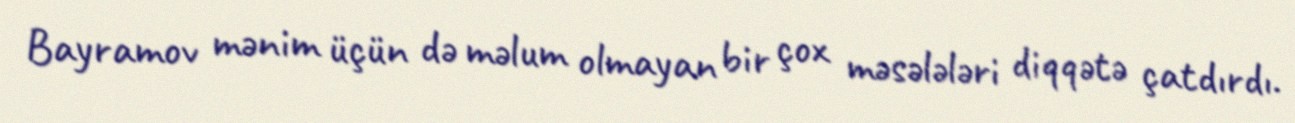
Bayramov mənim üçün də məlum olmayan bir çox məsələləri diqqətə çatdırdı.